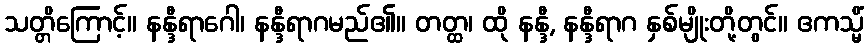
သတ္တိကြောင့်။ နန္ဒီရာဂေါ၊ နန္ဒီရာဂမည်၏။ တတ္ထ၊ ထို နန္ဒီ, နန္ဒီရာဂ နှစ်မျိုးတို့တွင်။ ဧကသ္မိံ